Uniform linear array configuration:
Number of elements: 32
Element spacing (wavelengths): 0.5
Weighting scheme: hann
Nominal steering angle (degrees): -45
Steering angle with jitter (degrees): -43.945
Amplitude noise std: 0.05
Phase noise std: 0.05

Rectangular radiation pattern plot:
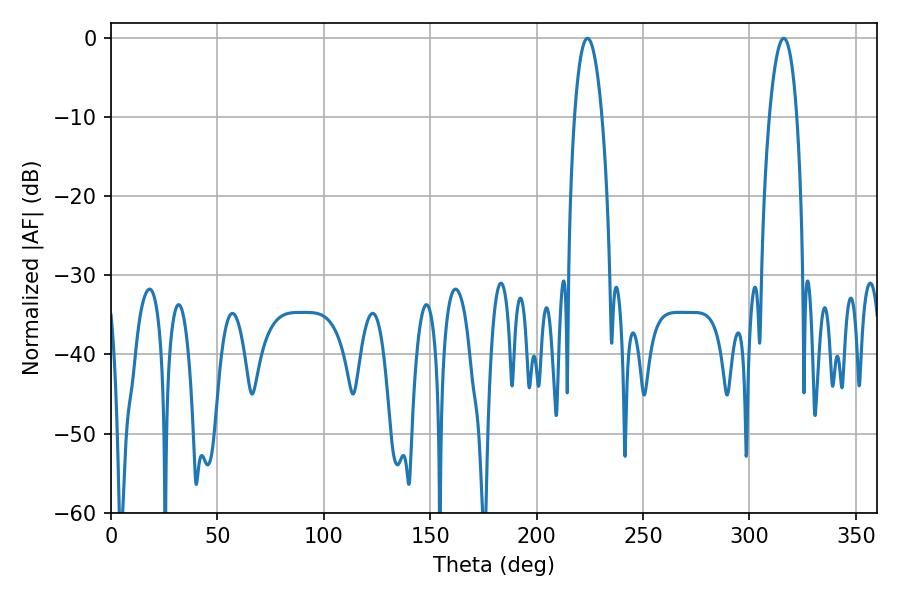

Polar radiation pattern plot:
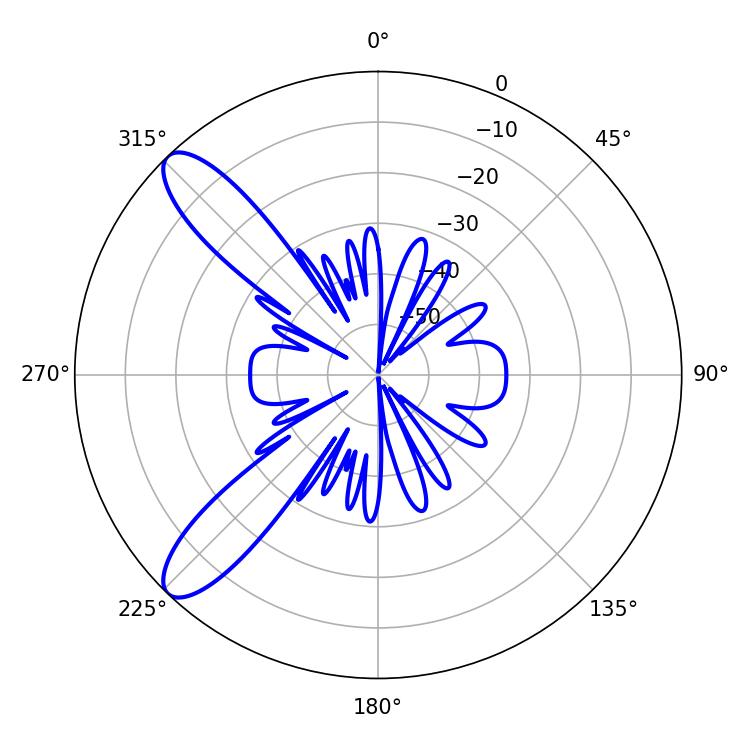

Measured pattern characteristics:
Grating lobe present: FALSE
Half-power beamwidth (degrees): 7.2
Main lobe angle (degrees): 223.92